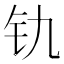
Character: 𫟲